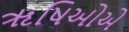
ૠષિઓએ